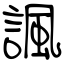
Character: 諷